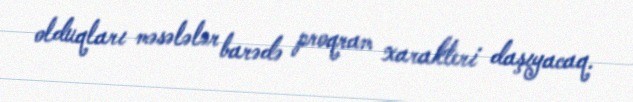
olduqları məsələlər barədə proqram xarakteri daşıyacaq.